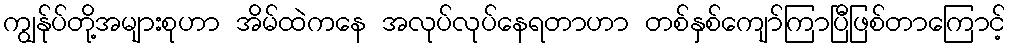
ကျွန်ုပ်တို့အများစုဟာ အိမ်ထဲကနေ အလုပ်လုပ်နေရတာဟာ တစ်နှစ်ကျော်ကြာပြီဖြစ်တာကြောင့်